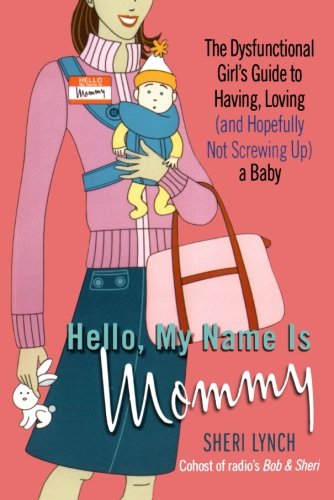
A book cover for Hello, My Name Is Mommy: The Dysfunctional Girl's Guide to Having, Loving (and Hopefully Not Screwing Up) a Baby; Sheri Lynch; Teen & Young Adult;